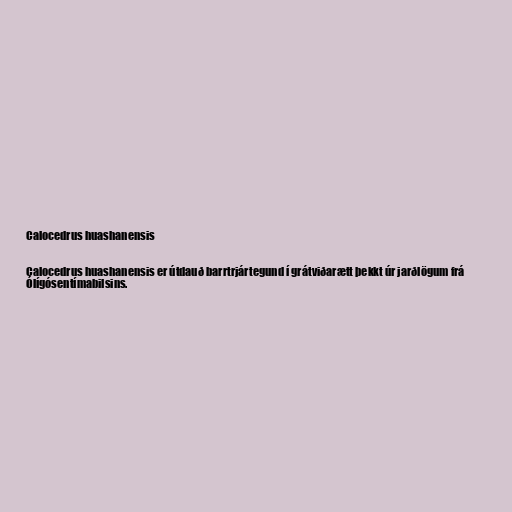
Calocedrus huashanensis

Calocedrus huashanensis er útdauð barrtrjártegund í grátviðarætt þekkt úr jarðlögum frá
Ólígósentímabilsins.